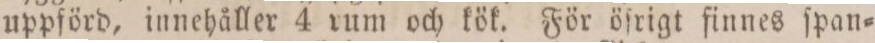
uppförd, innehåller 4 rum och kök. För öſrigt finnes ſpan=